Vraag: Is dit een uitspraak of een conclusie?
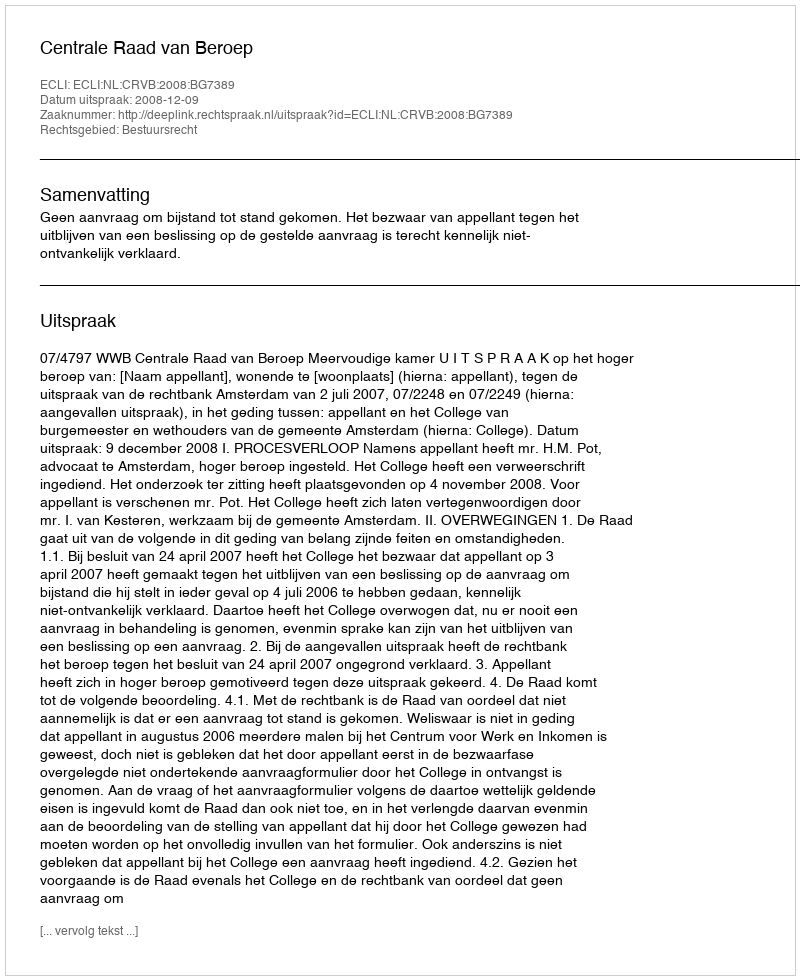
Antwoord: Uitspraak